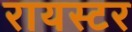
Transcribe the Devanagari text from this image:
रायस्टर